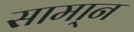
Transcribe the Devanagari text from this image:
सामा्न